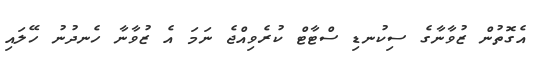
އެގޮތުން ޒުވާނާގެ ސިކުނޑި ސްޓާޓް ކުރެވިއްޖެ ނަމަ އެ ޒުވާނާ ހެނދުނު ހޭލައި